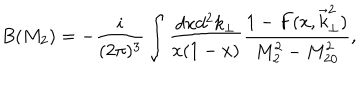
B ( M _ { 2 } ) = - \frac { i } { ( 2 \pi ) ^ { 3 } } \int \frac { d x d ^ { 2 } k _ { \perp } } { x ( 1 - x ) } \frac { 1 - F ( x , \vec { k } _ { \perp } ^ { 2 } ) } { M _ { 2 } ^ { 2 } - M _ { 2 0 } ^ { 2 } } ,